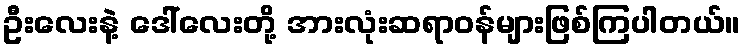
ဦးလေးနဲ့ ဒေါ်လေးတို့ အားလုံးဆရာဝန်များဖြစ်ကြပါတယ်။